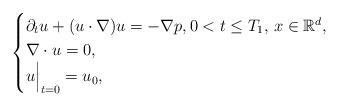
LaTeX: \begin{align*} \begin{cases} \partial_t u + (u\cdot \nabla) u =-\nabla p, 0<t\le T_1, \, x \in \mathbb R^d,\\ \nabla \cdot u =0,\\ u \Bigr|_{t=0} = u_0, \end{cases} \end{align*}